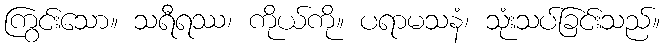
ကြွင်းသော။ သရီရဿ၊ ကိုယ်ကို။ ပရာမသနံ၊ သုံးသပ်ခြင်းသည်။